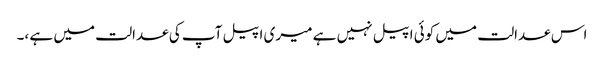
اس عدالت میں کوئی اپیل نہیں ہے میری اپیل آپ کی عدالت میں ہے ،۔